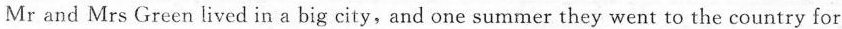
Mr and Mrs Green lived in a big city,and one summer they went to the country for